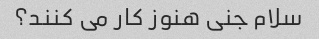
سلام جنی هنوز کار می کنند؟